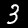
Digit: 3